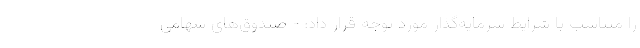
را متناسب با شرایط سرمایه‌گذار مورد توجه قرار داد: - صندوق‌های سهامی